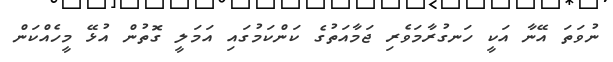
ނުވަތަ އޭނާ އަކީ ހަނގުރާމަވެރި ޖަމާއަތުގެ ކަންކަމުގައި އަމަލީ ގޮތުން އުޅޭ މީހެއްކަން